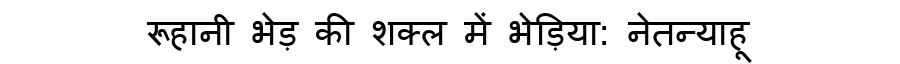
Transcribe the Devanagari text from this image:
रूहानी भेड़ की शक्ल में भेड़िया: नेतन्याहू